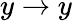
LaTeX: y\rightarrow y